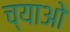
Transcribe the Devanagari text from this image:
च्याओ